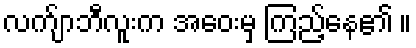
လက်ျာဘီလူးက အဝေးမှ ကြည့်နေ၏ ။